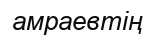
амраевтің